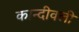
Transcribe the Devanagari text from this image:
कान्दीवली